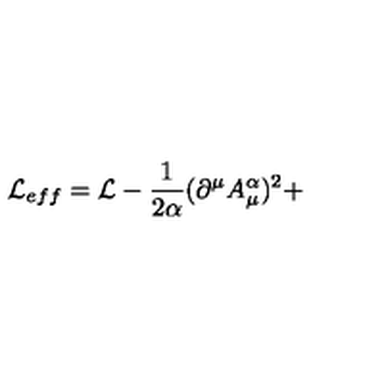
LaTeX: { \cal L } _ { e f f } = { \cal L } - \frac 1 { 2 \alpha } ( \partial ^ { \mu } A _ { \mu } ^ { \alpha } ) ^ { 2 } +